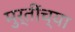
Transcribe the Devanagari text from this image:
मुर्तींच्या